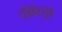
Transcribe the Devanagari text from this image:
तोफेतून